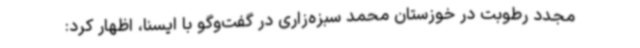
مجدد رطوبت در خوزستان محمد سبزه‌زاری در گفت‌وگو با ایسنا، اظهار کرد: